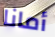
أمانا